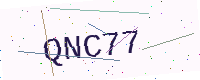
Text: QNC77